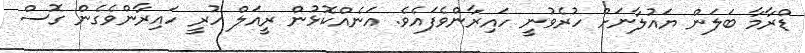
ޑްރާމާ ބަލަން ޔައުލާނަށް ހުރެވުނީ ހައިރާންވެފައެވެ. އަނެއްކޮޅުން ރީއަލް ހުރީ ހައިރާންވެގެން ގޮސް